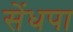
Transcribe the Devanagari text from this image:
सेंधपा